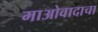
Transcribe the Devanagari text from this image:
माओवादाचा